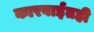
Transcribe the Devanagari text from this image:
कारवाईतही